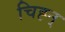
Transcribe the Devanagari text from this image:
चिह्न्